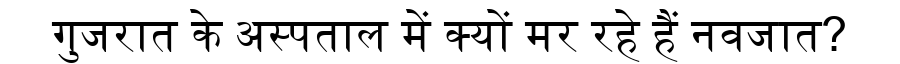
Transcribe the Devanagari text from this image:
गुजरात के अस्पताल में क्यों मर रहे हैं नवजात?